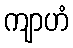
ကျာဟံ